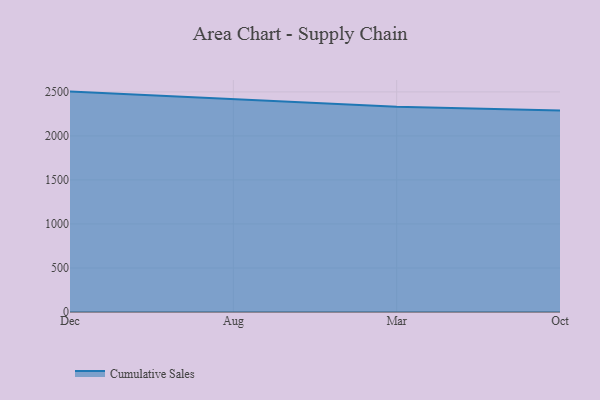
{"axis": {"x": "Month", "y": "Gross Profit (USD K)"}, "legend": ["Cumulative Sales"], "data": [{"x": "Dec", "y": 2503.2, "type": "Cumulative Sales"}, {"x": "Aug", "y": 2415.9, "type": "Cumulative Sales"}, {"x": "Mar", "y": 2330.7, "type": "Cumulative Sales"}, {"x": "Oct", "y": 2288.5, "type": "Cumulative Sales"}]}